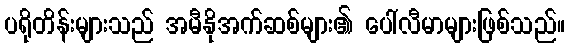
ပရိုတိန်းများသည် အမီနိုအက်ဆစ်များ၏ ပေါ်လီမာများဖြစ်သည်။